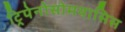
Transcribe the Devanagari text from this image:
ट्रिपेनोसोमयासिस